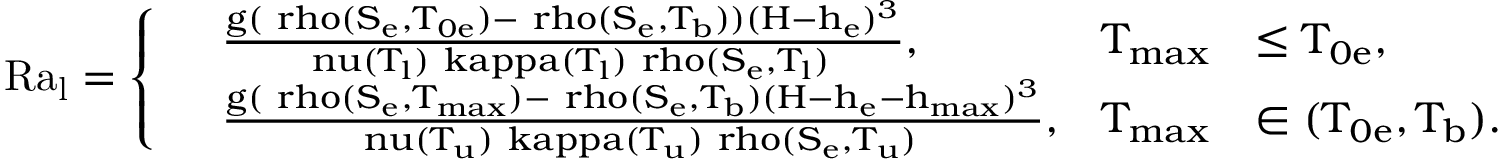
\mathrm { R a _ { l } = \left\{ \begin{array} { r l r l r } & { \frac { g ( \ r h o ( S _ { e } , T _ { 0 e } ) - \ r h o ( S _ { e } , T _ { b } ) ) ( H - h _ { e } ) ^ { 3 } } { \ n u ( T _ { l } ) \ k a p p a ( T _ { l } ) \ r h o ( S _ { e } , T _ { l } ) } , } & { T _ { m a x } } & { \le T _ { 0 e } , } & \\ & { \frac { g ( \ r h o ( S _ { e } , T _ { m a x } ) - \ r h o ( S _ { e } , T _ { b } ) ( H - h _ { e } - h _ { m a x } ) ^ { 3 } } { \ n u ( T _ { u } ) \ k a p p a ( T _ { u } ) \ r h o ( S _ { e } , T _ { u } ) } , } & { T _ { m a x } } & { \in ( T _ { 0 e } , T _ { b } ) . } & \end{array} \right. }